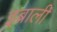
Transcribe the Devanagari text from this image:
इब्राली